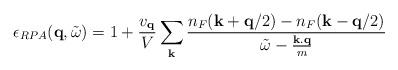
LaTeX: \begin{align*}\epsilon_{RPA}({\bf{q}}, {\tilde{\omega}}) = 1 + \frac{ v_{ {\bf{q}} } }{V}\sum_{ {\bf{k}} }\frac{ n_{F}({\bf{k}} + {\bf{q}}/2) - n_{F}({\bf{k}} - {\bf{q}}/2) }{ {\tilde{\omega}} - \frac{ {\bf{k.q}} }{m} }\end{align*}